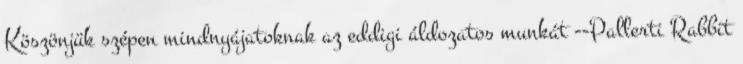
Köszönjük szépen mindnyájatoknak az eddigi áldozatos munkát --Pallerti Rabbit